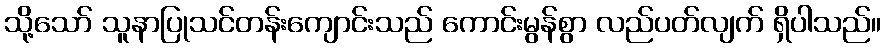
သို့သော် သူနာပြုသင်တန်းကျောင်းသည် ကောင်းမွန်စွာ လည်ပတ်လျက် ရှိပါသည်။